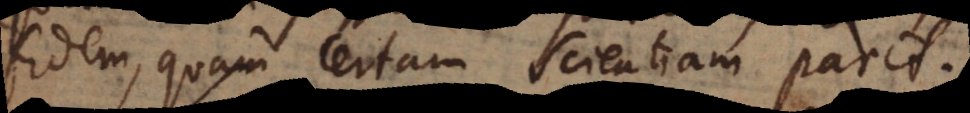
fidem, quam certam Scientiam parit.